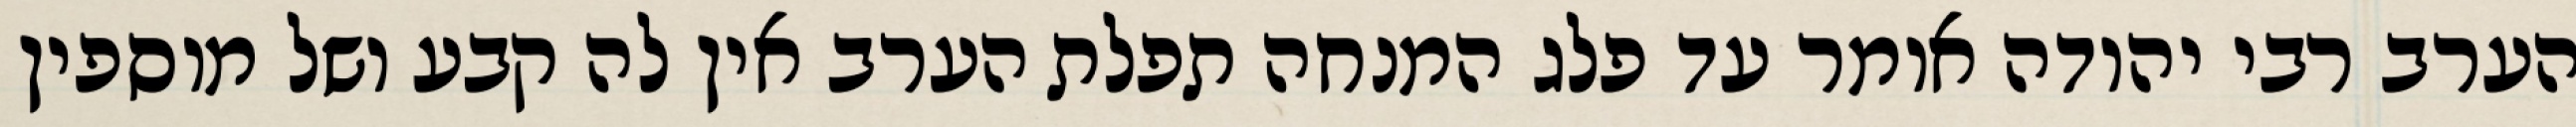
הערב רבי יהודה אומר עד פלג המנחה תפלת הערב אין לה קבע ושל מוספין